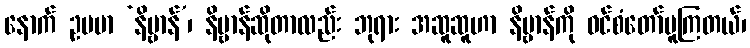
နောက် ဥပမာ ‘နိဗ္ဗာန်’၊ နိဗ္ဗာန်ဆိုတာလည်း ဘုရား အဆူဆူဟာ နိဗ္ဗာန်ကို ဝင်စံတော်မူကြတယ်၊